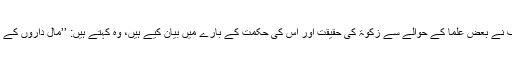
اس سلسلے میں واضح ترین معنیٰ الروض النضیر کے مصنف نے بعض علما کے حوالے سے زکوٰۃ کی حقیقت اور اس کی حکمت کے بارے میں بیان کیے ہیں، وہ کہتے ہیں: ’’مال داروں کے مال و دولت کی تاکید اس کے وجوب کے ساتھ کی جاسکے۔